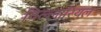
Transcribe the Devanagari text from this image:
विल्लारियल